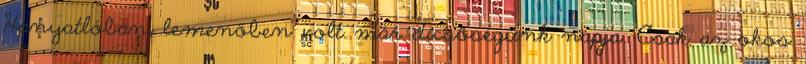
Hanyatlóban, lemenőben volt már dicsőségünk napja. Csak az okos